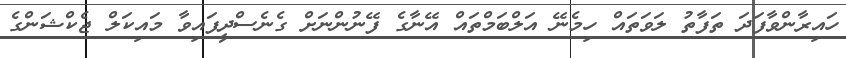
ހައިރާންވާފަދަ ތަފާތު ލަވަތައް ހިމެނޭ އަލްބަމްތައް އޭނާގެ ފޭނުންނަށް ގެނެސްދީފައިވާ މައިކަލް ޖެކްޝަންގެ